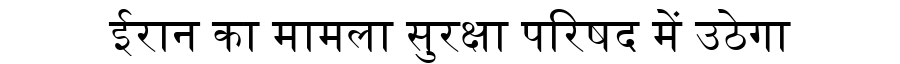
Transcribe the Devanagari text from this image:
ईरान का मामला सुरक्षा परिषद में उठेगा